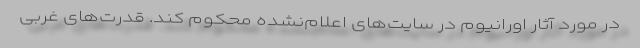
در مورد آثار اورانیوم در سایت‌های اعلام‌نشده محکوم کند. قدرت‌های غربی